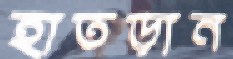
হাতড়ান